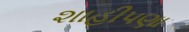
શાહીપણા